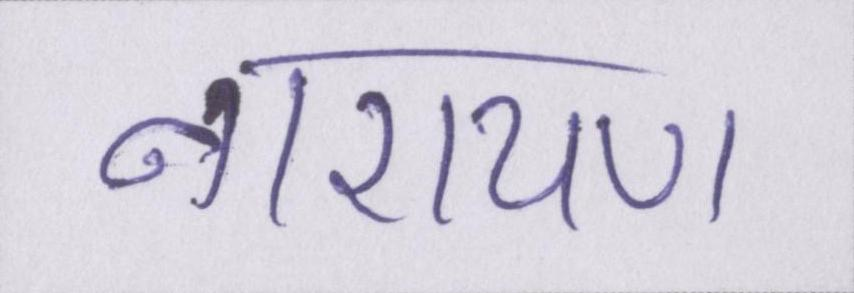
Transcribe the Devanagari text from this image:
नारायण